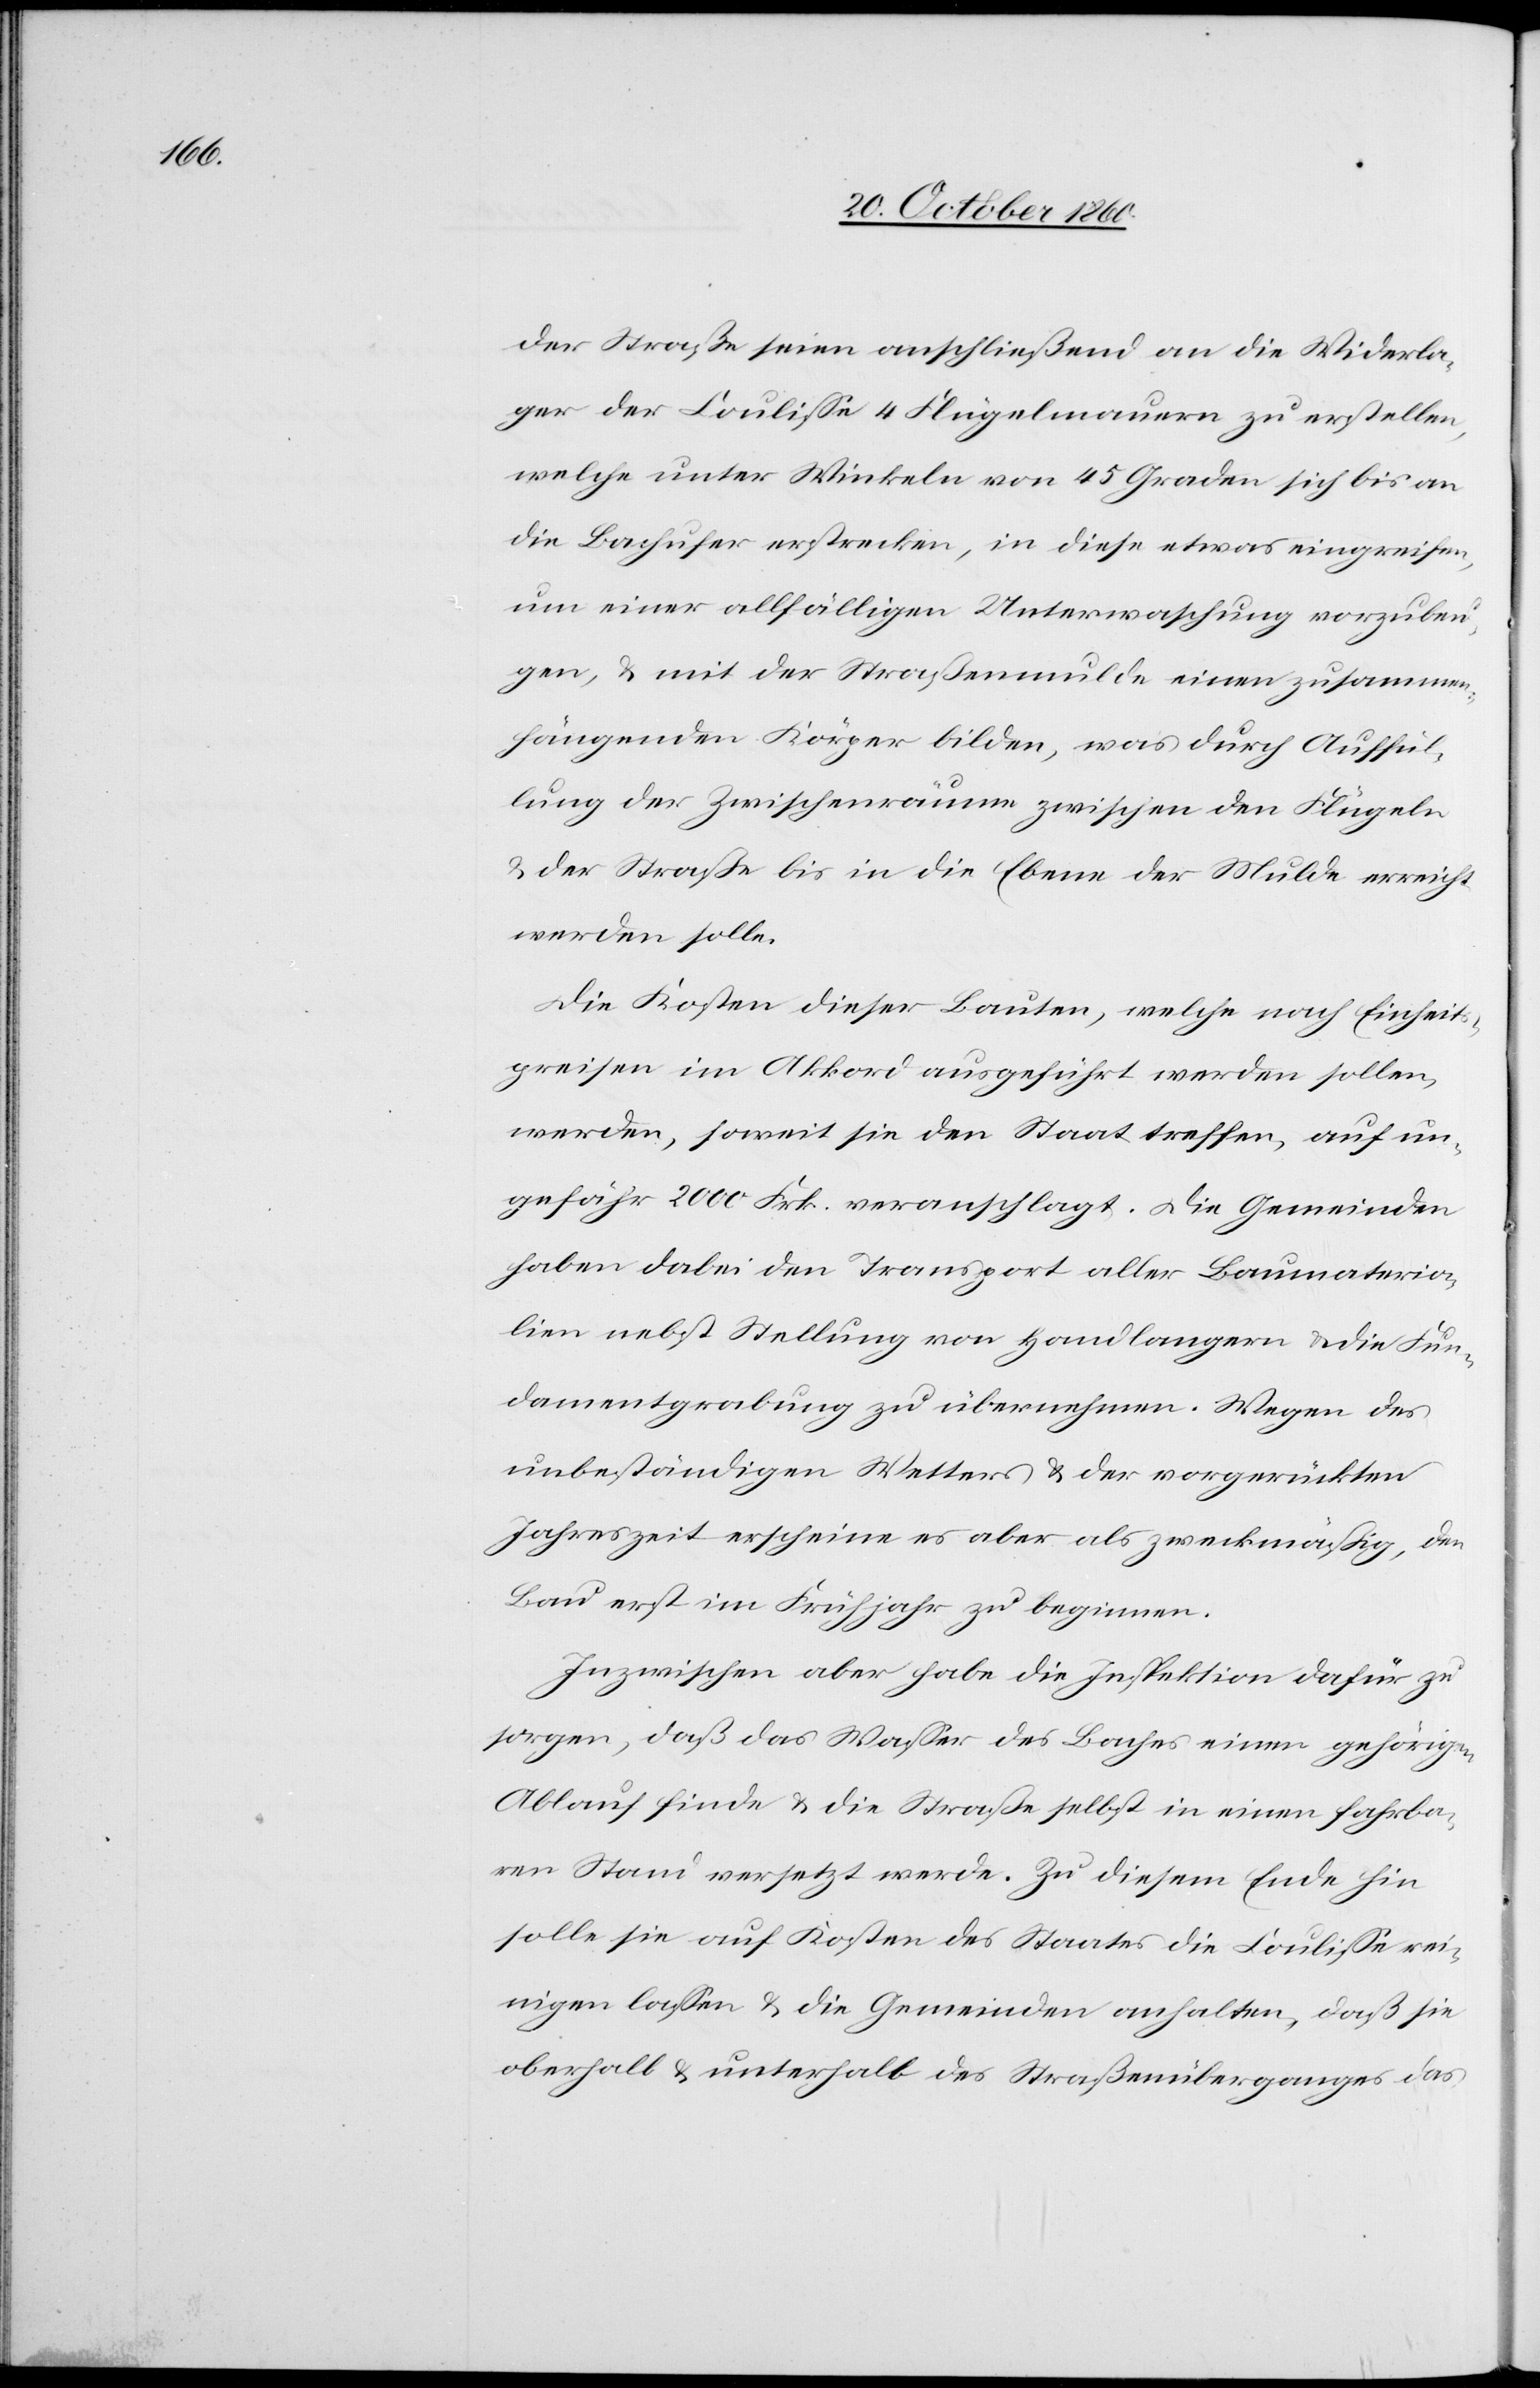
der Straße seien anschließend an die Widerla¬
ger der Coulisse 4 Flügelmauern zu erstellen,
welche unter Winkeln von 45 Graden sich bis an
die Bachufer erstrecken, in diese etwas eingreifen,
um einer allfälligen Unterwaschung vorzubeu¬
gen, u. mit der Straßenmulde einen zusammen¬
hängenden Körper bilden, was durch Auffül¬
lung der Zwischenräume zwischen den Flügeln
u. der Straße bis in die Ebene der Mulde erreicht
werden solle.
Die Kosten dieser Bauten, welche nach Einheit¬
spreisen im Akkord ausgeführt werden sollen,
werden, soweit sie den Staat treffen, auf un¬
gefähr 2000 Frk. veranschlagt. Die Gemeinden
haben dabei den Transport aller Baumateria¬
lien nebst Stellung von Handlangern u. die Fun¬
damentgrabung zu übernehmen. Wegen des
unbeständigen Wetters u. der vorgerückten
Jahreszeit erscheine es aber als zweckmäßig, den
Bau erst im Frühjahr zu beginnen.
Inzwischen aber habe die Inspektion dafür zu
sorgen, daß das Wasser des Baches einen gehörigen
Ablauf finde u. die Straße selbst in einen fahrba¬
ren Stau versetzt werde. Zu diesem Ende hin
solle sie auf Kosten des Staates die Coulisse rei¬
nigen lassen u. die Gemeinden anhalten, daß sie
oberhalb u. unterhalb des Straßenüberganges das